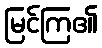
မြင်ကြ၏